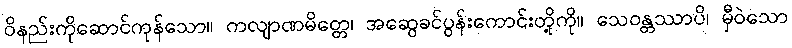
ဝိနည်းကိုဆောင်ကုန်သော။ ကလျာဏမိတ္တေ၊ အဆွေခင်ပွန်းကောင်းတို့ကို။ သေဝန္တဿာပိ၊ မှီဝဲသော